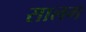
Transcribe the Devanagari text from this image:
सालग